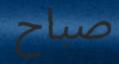
صباح